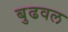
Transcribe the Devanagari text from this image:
बुढवल